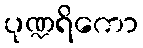
ပုဏ္ဍရိကော